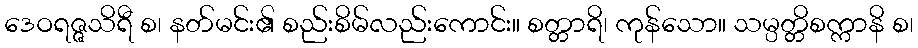
ဒေဝရဇ္ဇသိရီ စ၊ နတ်မင်း၏ စည်းစိမ်လည်းကောင်း။ စတ္တာရိ၊ ကုန်သော။ သမ္ပတ္တိစက္ကာနိ စ၊